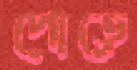
পোড়ে